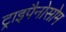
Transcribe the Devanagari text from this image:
ट्राइपैनोसोम